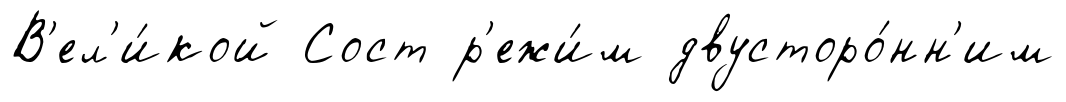
В'ел'и́кой Сост р'ежи́м двусторо́нн'им